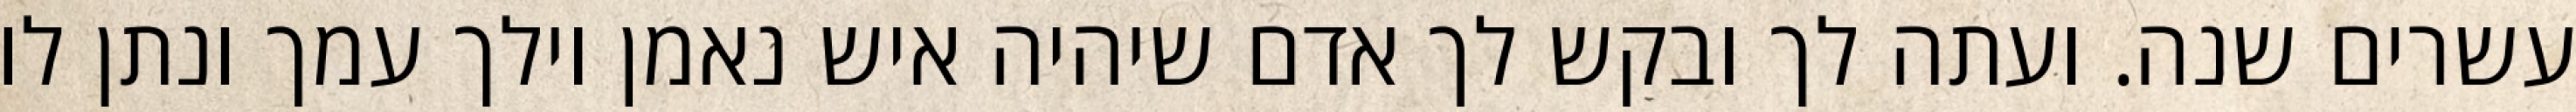
עשרים שנה. ועתה לך ובקש לך אדם שיהיה איש נאמן וילך עמך ונתן לו